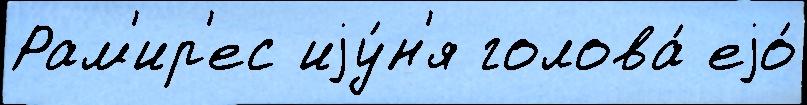
Рам'ир'ес иjу́н'я голова́ еjо́